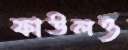
ফাউলও